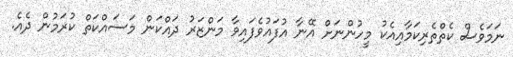
ނަމަވެސް ކެތްތެރިކަމާއިއެކު މީހުންނަށް އޭނާ އުފައުވެފައިވާ މަންޒަރު ދައްކަން މަސައްކަތް ކުރަމުން ދެއެ.